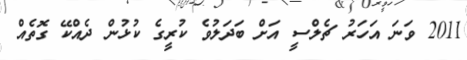
2011 ވަނަ އަހަރު ޗެލްސީ އަށް ބަދަލުވެ ކުރީގެ ކުޅުން ދެއްކޭ ގޮތެއް